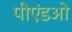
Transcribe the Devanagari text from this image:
पीएंडओ